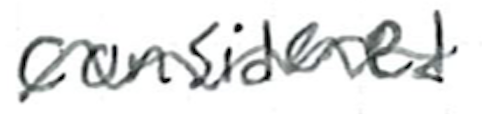
Text: considered
Cross-out: wave
Writing tool: ballpoint